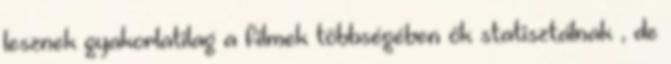
lesznek gyakorlatilag a filmek többségében ők statisztálnak , de